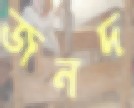
জনদ